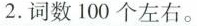
2.词数100个左右。